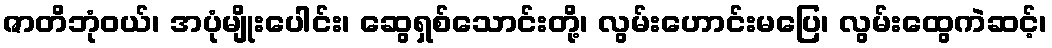
ဇာတိဘုံဝယ်၊ အပုံမျိုးပေါင်း၊ ဆွေရှစ်သောင်းတို့၊ လွမ်းဟောင်းမပြေ၊ လွမ်းထွေကဲဆင့်၊